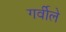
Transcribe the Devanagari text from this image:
गर्वीले